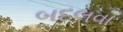
બદલવા